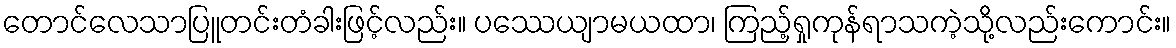
တောင်လေသာပြူတင်းတံခါးဖြင့်လည်း။ ပဿေယျာမယထာ၊ ကြည့်ရှုကုန်ရာသကဲ့သို့လည်းကောင်း။